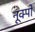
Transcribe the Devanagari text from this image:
नूक्पो